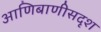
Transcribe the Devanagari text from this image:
आणिबाणीसदृश